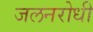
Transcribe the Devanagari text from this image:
जलनरोधी